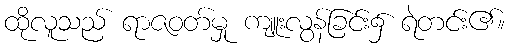
ထိုလူသည် ရာဇဝတ်မှု ကျူးလွန်ခြင်း၌ ရဲတင်း၏။